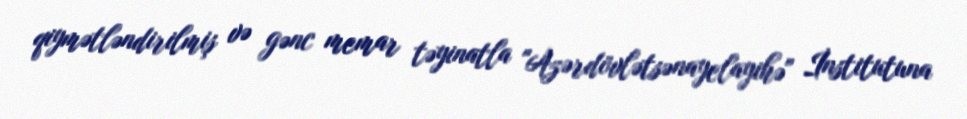
qiymətləndirilmiş və gənc memar təyinatla "Azərdövlətsənayelayihə" İnstitutuna